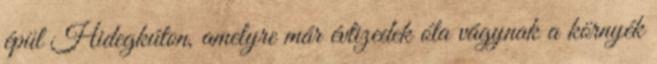
épül Hidegkúton, amelyre már évtizedek óta vágynak a környék